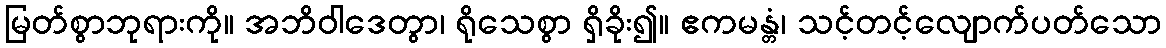
မြတ်စွာဘုရားကို။ အဘိဝါဒေတွာ၊ ရိုသေစွာ ရှိခိုး၍။ ဧကမန္တံ၊ သင့်တင့်လျောက်ပတ်သော